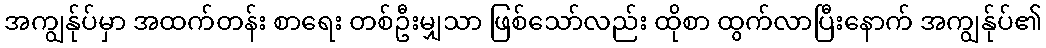
အကျွန်ုပ်မှာ အထက်တန်း စာရေး တစ်ဦးမျှသာ ဖြစ်သော်လည်း ထိုစာ ထွက်လာပြီးနောက် အကျွန်ုပ်၏